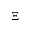
\Xi